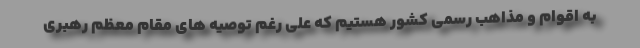
به اقوام و مذاهب رسمی کشور هستیم که علی رغم توصیه های مقام معظم رهبری